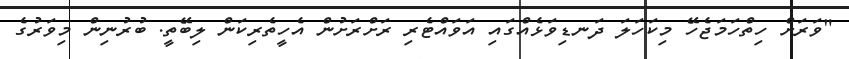
"ވަރަށް ހިތްހަމަޖެހޭ މިކަހަލަ ދަނޑިވަޅެއްގައި އަވައްޓެރި ރަށްރަށުން އެހީތެރިކަން ލިބޭތީ. ބުރުނިން މިވަރުގެ